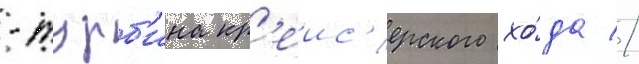
-турб'ина кр'еис'ерского хо́да //